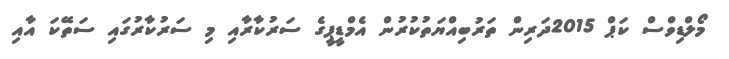
މޯލްޑިވްސް ކަޕް 2015ދަރިން ތަރުބިއްޔަތުކުރުން އެމްޑީޕީގެ ސަރުކާރާއި މި ސަރުކާރުގައި ސަތޭކަ އާއި